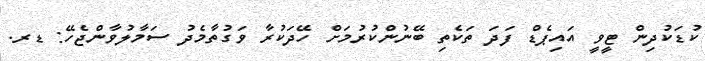
ކުޑަކުދިން ޓީވީ އައިޕެޑް ފަދަ ތަކެތި ބޭނުންކުރުމަށް ހޭދަކުރާ ވަގުތާމެދު ސަމާލުވާންޖެހޭ: ޑރ.